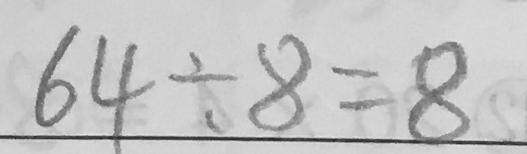
6 4 \div 8 = 8